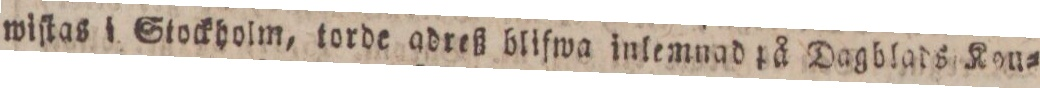
wiſtas i Stockholm, torde adreß blifwa inlemnad på Dagblads Kon=